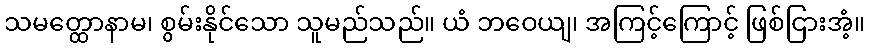
သမတ္ထောနာမ၊ စွမ်းနိုင်သော သူမည်သည်။ ယံ ဘဝေယျ၊ အကြင့်ကြောင့် ဖြစ်ငြားအံ့။